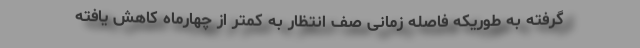
گرفته به طوریکه فاصله زمانی صف انتظار به کمتر از چهارماه کاهش یافته